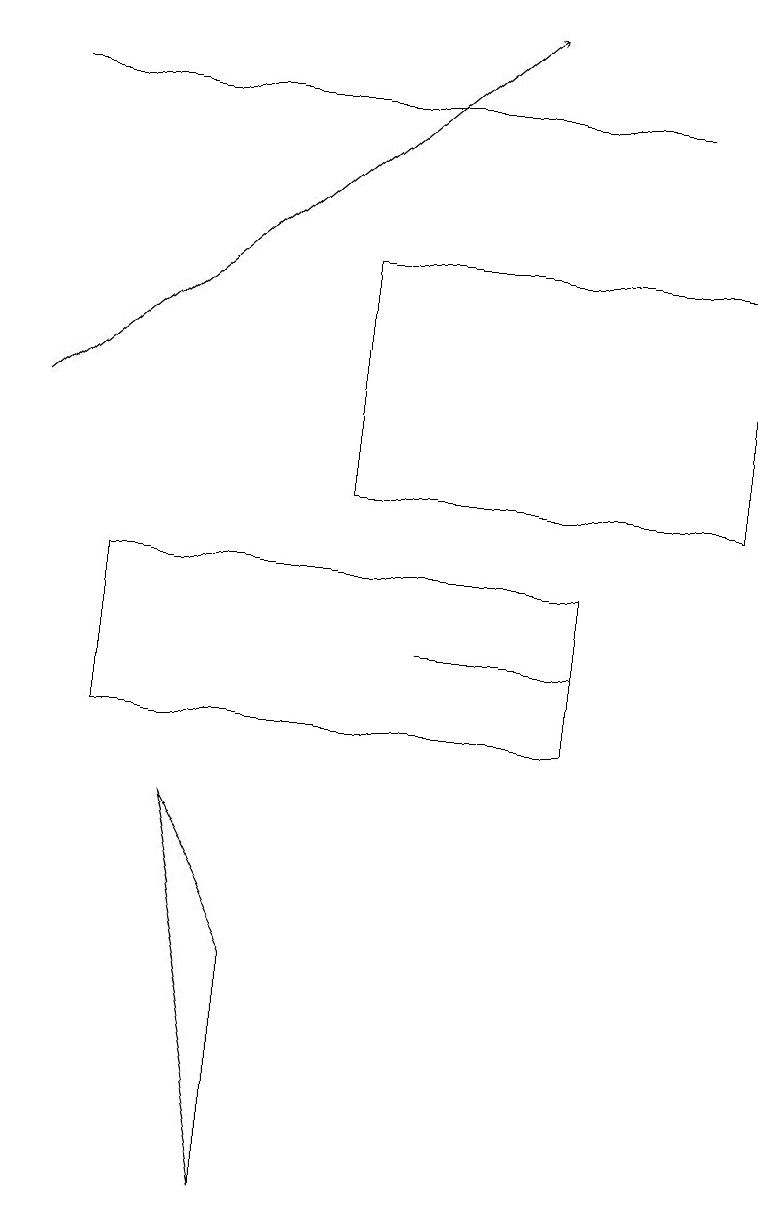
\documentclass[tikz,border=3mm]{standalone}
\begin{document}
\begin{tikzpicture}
\draw (9,16) rectangle (4,13);
\draw (5,11) rectangle (7,11);
\draw (8,18) rectangle (0,18);
\draw (7,12) rectangle (1,10);
\draw (3,7) -- (2,9) -- (3,4) -- cycle;
\draw[->] (0,14) -- (6,19);
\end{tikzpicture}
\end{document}